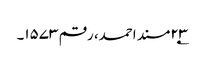
۲۳؂مسند احمد، رقم ۱۵۷۳۔